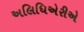
અલિધિએરીએ